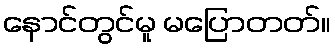
နောင်တွင်မူ မပြောတတ်။